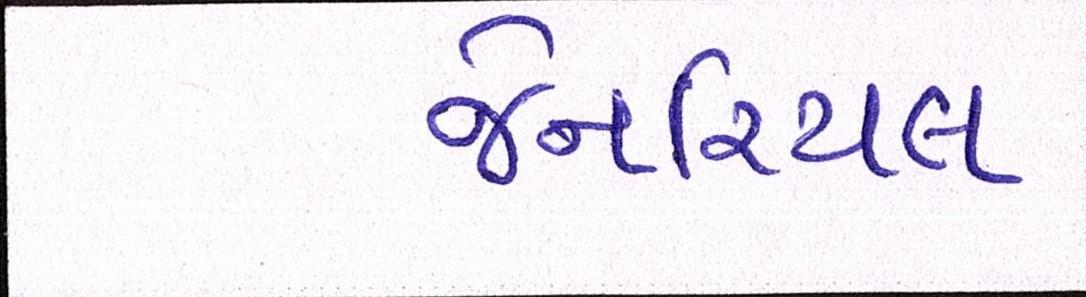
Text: જેનરિયલ